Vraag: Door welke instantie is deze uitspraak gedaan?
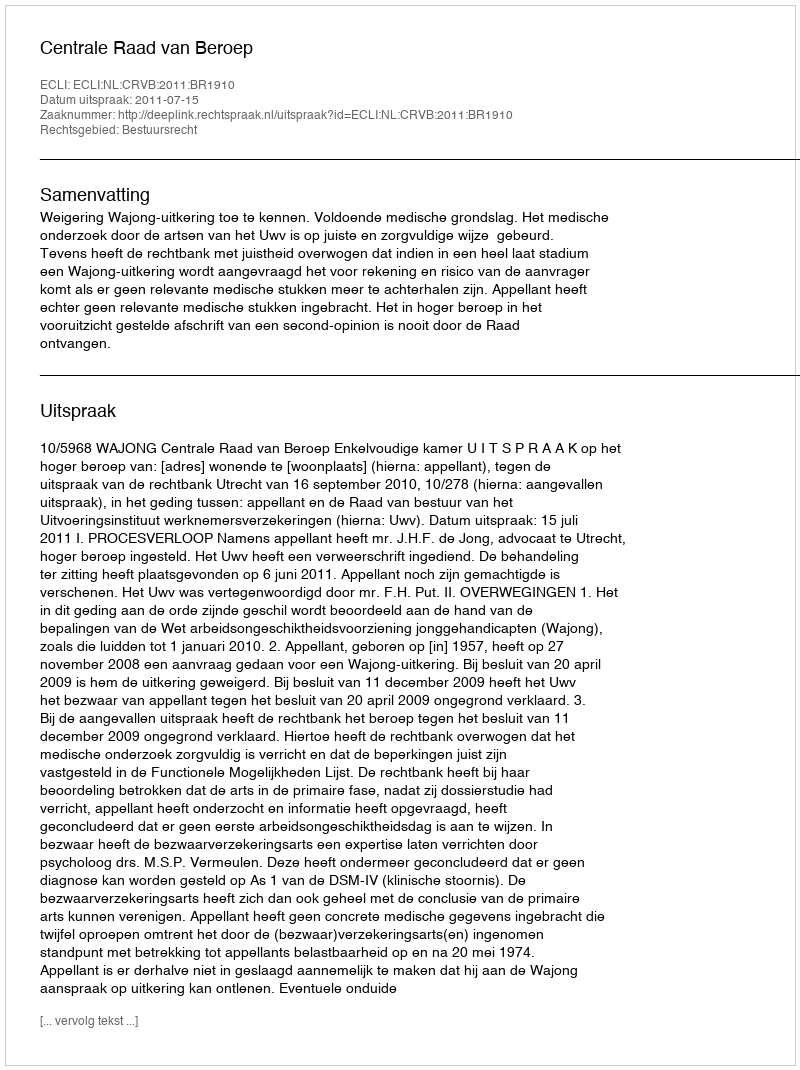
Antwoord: Centrale Raad van Beroep